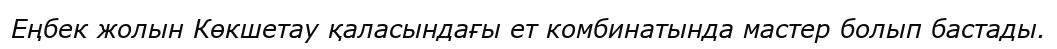
Еңбек жолын Көкшетау қаласындағы ет комбинатында мастер болып бастады.